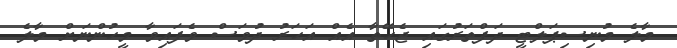
މާލެ މުނިސިޕަލްޓީ ދަފްތަރުގައި ޖެހޭތާ އެއް އަހަރު ދުވަސް ވެފައިވާ މީހުންނަށް މާލެ